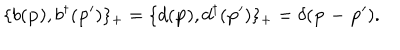
\{ b ( { \bf p } ) , b ^ { \dagger } ( { \bf p ^ { \prime } } ) \} _ { + } = \{ d ( { \bf p } ) , d ^ { \dagger } ( { \bf p ^ { \prime } } ) \} _ { + } = \delta ( { \bf p - \bf p ^ { \prime } } ) .